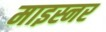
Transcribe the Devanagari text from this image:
माइस्नर